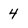
Character: 4